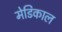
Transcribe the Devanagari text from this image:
मेडिकाल